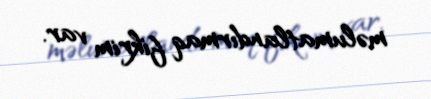
məlumatlandırmaq fikrim var.